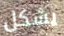
يشكل